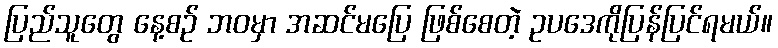
ပြည်သူတွေ နေ့စဉ် ဘဝမှာ အဆင်မပြေ ဖြစ်စေတဲ့ ဥပဒေကိုပြန်ပြင်ရမယ်။